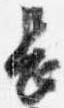
長